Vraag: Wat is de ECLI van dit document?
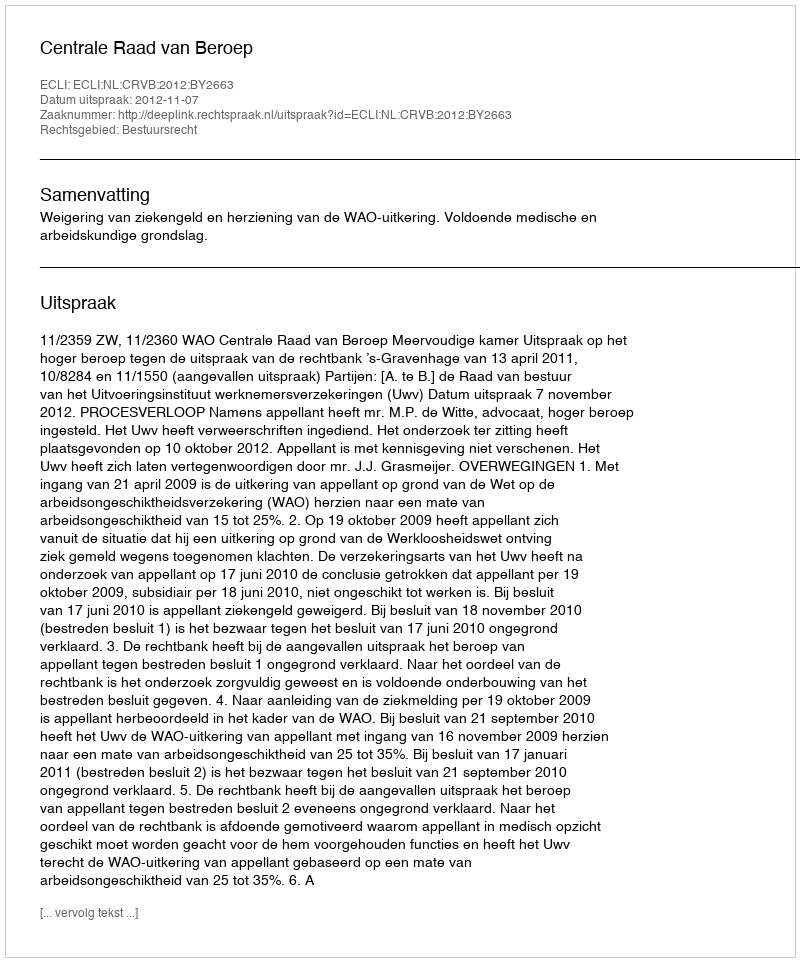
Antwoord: ECLI:NL:CRVB:2012:BY2663